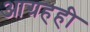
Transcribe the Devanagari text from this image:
आग्रहही